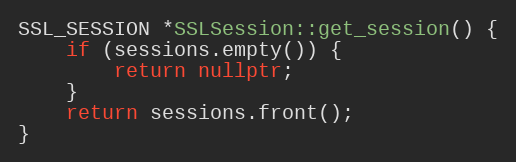
Language: C++
SSL_SESSION *SSLSession::get_session() {
    if (sessions.empty()) {
        return nullptr;
    }
    return sessions.front();
}